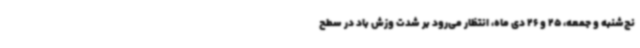
نج‌شنبه و جمعه، 25 و 26 دی ماه، انتظار می‌رود بر شدت وزش باد در سطح